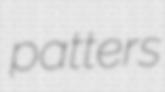
patters